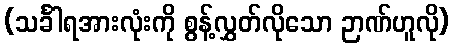
(သင်္ခါရအားလုံးကို စွန့်လွှတ်လိုသော ဉာဏ်ဟူလို)